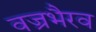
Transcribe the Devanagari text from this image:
वज्रभैरव